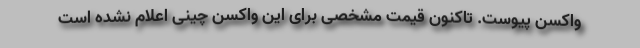
واکسن پیوست. تاکنون قیمت مشخصی برای این واکسن چینی اعلام نشده است